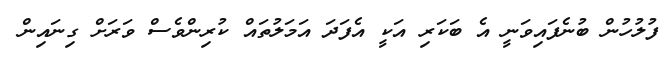
ފުލުހުން ބުނެފައިވަނީ އެ ބަކަރި އަކީ އެފަދަ އަމަލުތައް ކުރިންވެސް ވަރަށް ގިނައިން